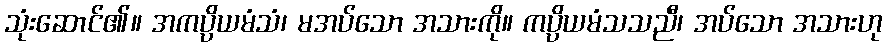
သုံးဆောင်၏။ အကပ္ပိယမံသံ၊ မအပ်သော အသားကို။ ကပ္ပိယမံသသညီ၊ အပ်သော အသားဟု